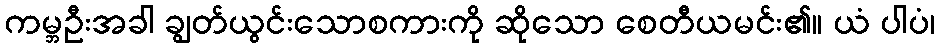
ကမ္ဘဦးအခါ ချွတ်ယွင်းသောစကားကို ဆိုသော စေတီယမင်း၏။ ယံ ပါပံ၊